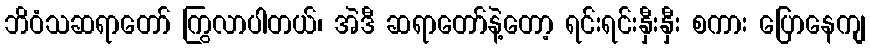
ဘိဝံသဆရာတော် ကြွလာပါတယ်၊ အဲဒီ ဆရာတော်နဲ့တော့ ရင်းရင်းနှီးနှီး စကား ပြောနေကျ